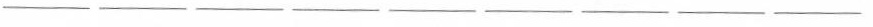
___